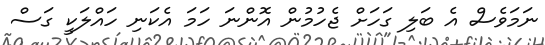
ނަމަވެސް އެ ބަލި ގަހަށް ޖެހުމުން އޮންނަ ހަމަ އެކަނި ހައްލަކީ ގަސް